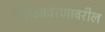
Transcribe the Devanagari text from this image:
पेशीआवरणावरील